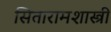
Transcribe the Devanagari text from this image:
सितारामशास्त्री